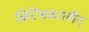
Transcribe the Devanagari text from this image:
ब्रिटिशकालीन्